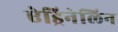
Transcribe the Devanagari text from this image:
ऐड्रिनेलिन